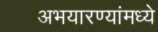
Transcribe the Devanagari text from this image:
अभयारण्यांमध्ये